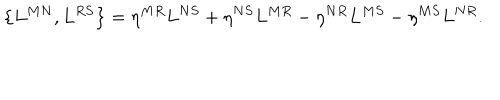
\left\{ L ^ { M N } , L ^ { R S } \right\} = \eta ^ { M R } L ^ { N S } + \eta ^ { N S } L ^ { M R } - \eta ^ { N R } L ^ { M S } - \eta ^ { M S } L ^ { N R } .